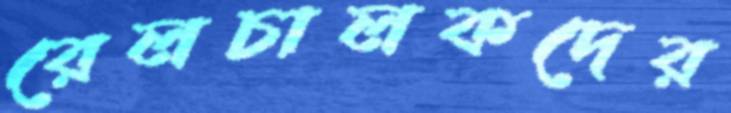
রেলচালকদের